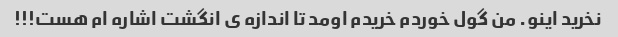
نخرید اینو. من گول خوردم خریدم اومد تا اندازه ی انگشت اشاره ام هست!!!